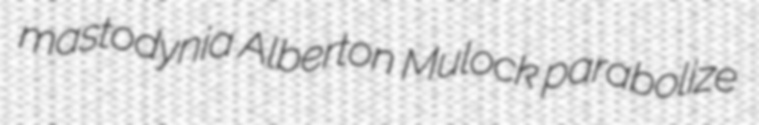
mastodynia Alberton Mulock parabolize